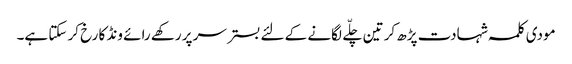
مودی کلمہ شہادت پڑھ کر تین چلّے لگانے کے لئے بستر سر پر رکھے رائے ونڈ کا رخ کر سکتا ہے۔